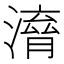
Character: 𣽱